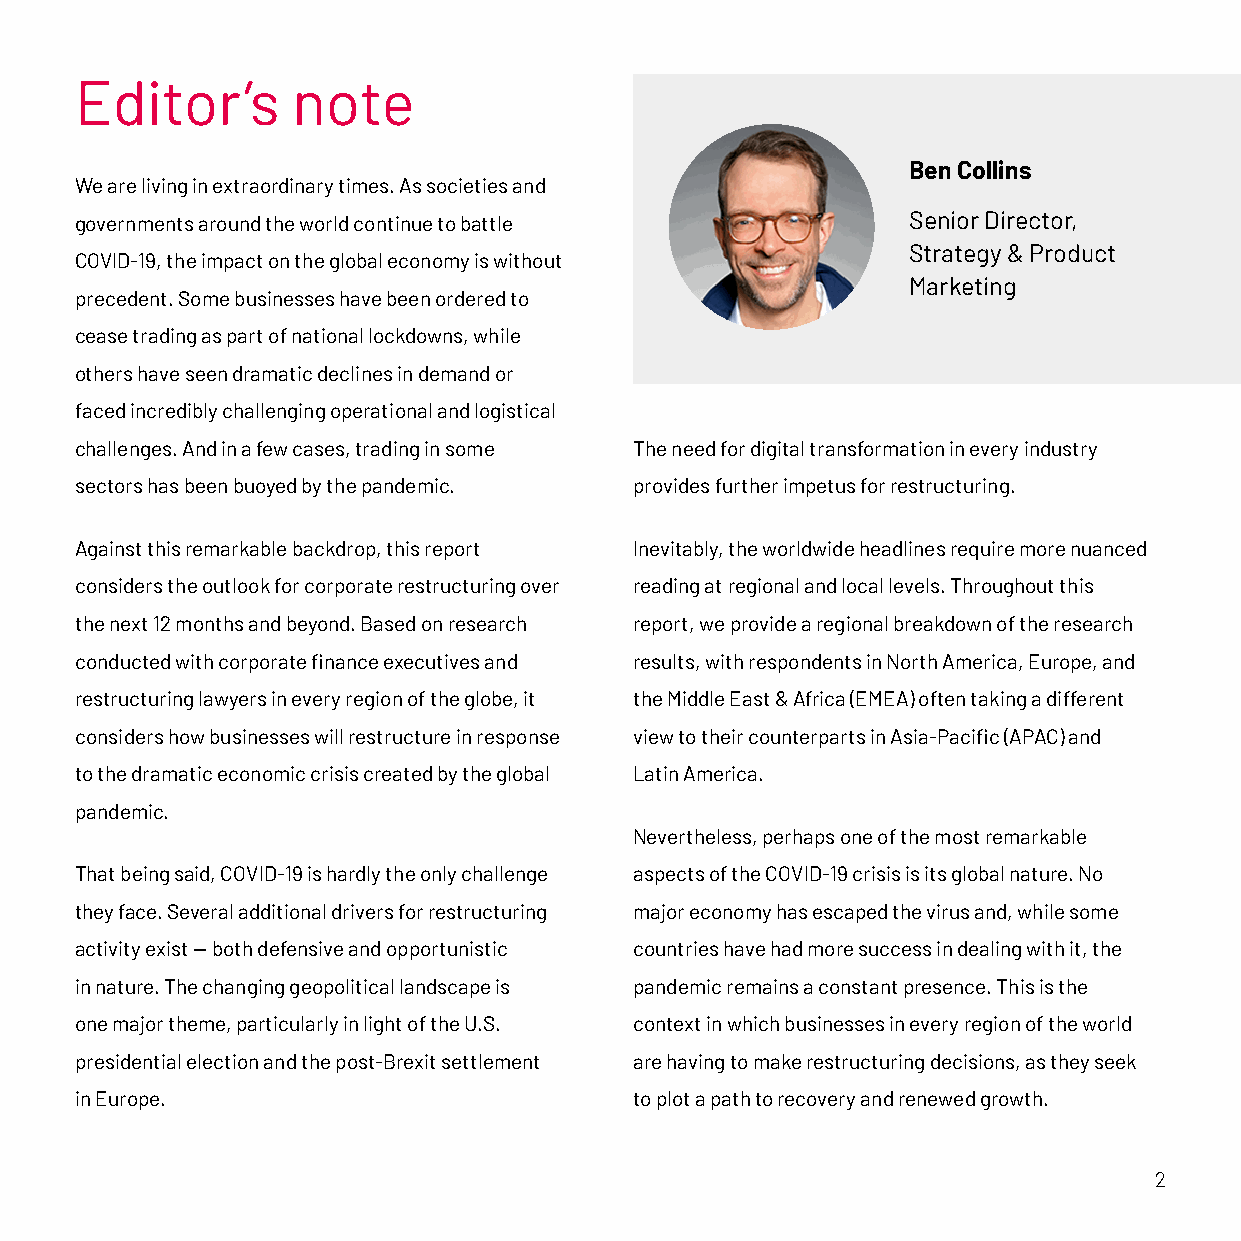
Editor’s      note
 Ben Collins
 We are living in extraordinary times. As societies and
 governments around the world continue to battle        Senior Director,
 Strategy & Product
 COVID-19, the impact on the global economy is without
 Marketing
 precedent. Some businesses have been ordered to
 cease trading as part of national lockdowns, while
 others have seen dramatic declines in demand or
 faced incredibly challenging operational and logistical
 challenges. And in a few cases, trading in some The need for digital transformation in every industry
 sectors has been buoyed by the pandemic. provides further impetus for restructuring.
 Against this remarkable backdrop, this report Inevitably, the worldwide headlines require more nuanced
 considers the outlook for corporate restructuring over reading at regional and local levels. Throughout this
 the next 12 months and beyond. Based on research report, we provide a regional breakdown of the research
 conducted with corporate finance executives and results, with respondents in North America, Europe, and
 restructuring lawyers in every region of the globe, it the Middle East & Africa (EMEA) often taking a different
 considers how businesses will restructure in response view to their counterparts in Asia-Pacific (APAC) and
 to the dramatic economic crisis created by the global Latin America.
 pandemic.
 Nevertheless, perhaps one of the most remarkable
 That being said, COVID-19 is hardly the only challenge aspects of the COVID-19 crisis is its global nature. No
 they face. Several additional drivers for restructuring major economy has escaped the virus and, while some
 activity exist — both defensive and opportunistic countries have had more success in dealing with it, the
 in nature. The changing geopolitical landscape is pandemic remains a constant presence. This is the
 one major theme, particularly in light of the U.S. context in which businesses in every region of the world
 presidential election and the post-Brexit settlement are having to make restructuring decisions, as they seek
 in Europe.                           to plot a path to recovery and renewed growth.
 2